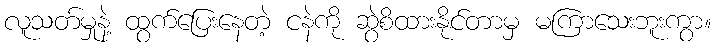
လူသတ်မှုနဲ့ ထွက်ပြေးနေတဲ့ ငနဲကို ဆွဲစိထားနိုင်တာမှ မကြာသေးဘူးကွာ။